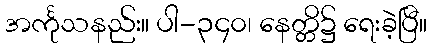
အင်္ကုသနည်း။ ပါ-၃၄၀၊ နေတ္တိ၌ ရေးခဲ့ပြီ။